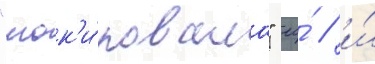
"шок'и́ровала" ео́ / и́